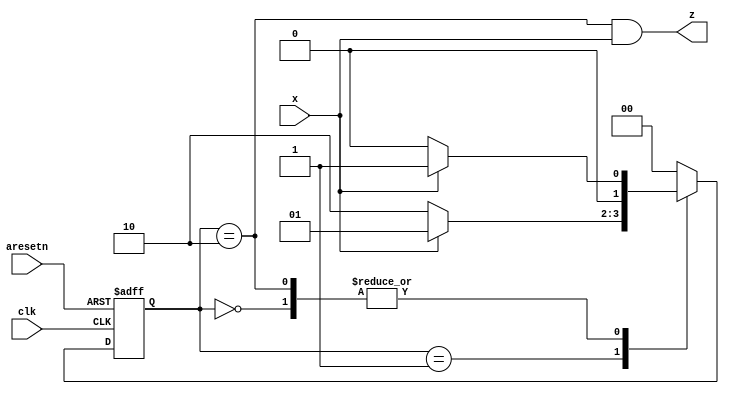
module top_module (
    input clk,
    input aresetn,    // Asynchronous active-low reset
    input x,
    output z ); 
    
    parameter IDLE=0,DATA1=1,DATA10=2;
    reg [1:0] state,next;
    
    always@(posedge clk or negedge aresetn)
        begin
            if(!aresetn) state <= IDLE;
            else         state <= next;
        end
    
    always@(*)
        begin
            case(state)
                IDLE:   next=x?DATA1:IDLE;
                DATA1:  next=x?DATA1:DATA10;
                DATA10: next=x?DATA1:IDLE;
                default:next=IDLE;
            endcase
        end
    
    assign z = (state==DATA10)&x;

endmodule